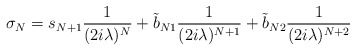
\begin{align*}\sigma_N= s_{N+1}\frac{1}{(2i\lambda)^N}+{\tilde b}_{N1}\frac{1}{(2i\lambda)^{N+1}}+ {\tilde b}_{N2} \frac{1}{(2i\lambda)^{N+2}} \end{align*}